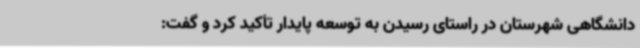
دانشگاهی شهرستان در راستای رسیدن به توسعه پایدار تأکید کرد و گفت: